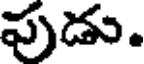
పుడు.